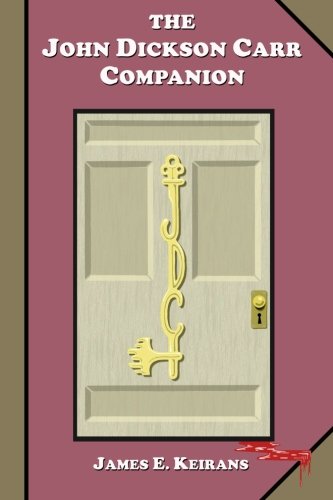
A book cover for The John Dickson Carr Companion; James E. Keirans; Mystery, Thriller & Suspense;